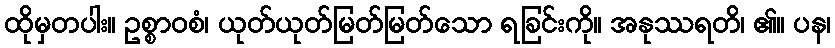
ထိုမှတပါး။ ဥစ္စာဝစံ၊ ယုတ်ယုတ်မြတ်မြတ်သော ရခြင်းကို။ အနုဿရတိ၊ ၏။ ပန၊